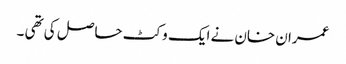
عمران خان نے ایک وکٹ حاصل کی تھی ۔